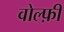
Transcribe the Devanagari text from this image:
वोल्फ़ी